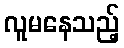
လူမနေသည့်